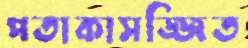
পতাকাসজ্জিত